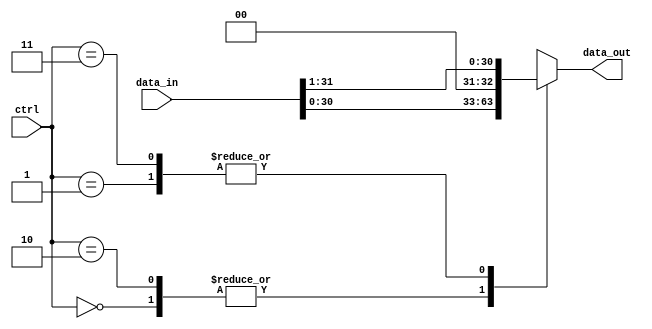
module barrel_shifter (
    input [31:0] data_in,
    input [1:0] ctrl,
    output reg [31:0] data_out
);

always @(*)
begin
    case(ctrl)
        2'b00: data_out = data_in << 1; // logical shift left
        2'b01: data_out = data_in >>> 1; // logical shift right
        2'b10: data_out = data_in << 1; // arithmetic shift left
        2'b11: data_out = data_in >> 1; // arithmetic shift right
        default: data_out = data_in;
    endcase
end

endmodule